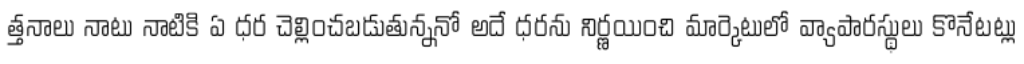
త్తనాలు నాటు నాటికి ఏ ధర చెల్లించబడుతున్ననో అదే ధరను నిర్ణయించి మార్కెటులో వ్యాపారస్థులు కొనేటట్లు